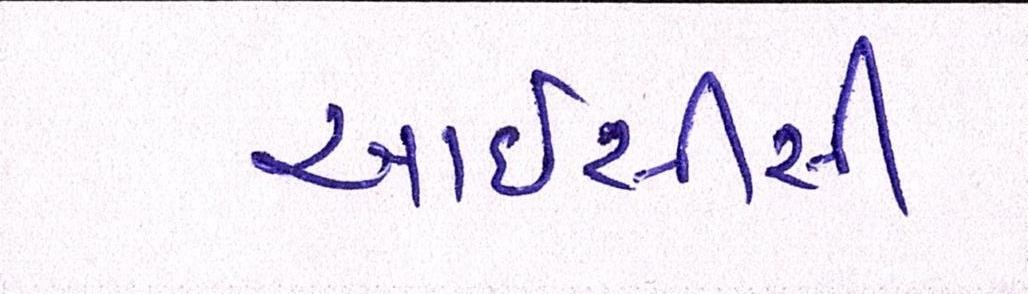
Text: આઇસીસી